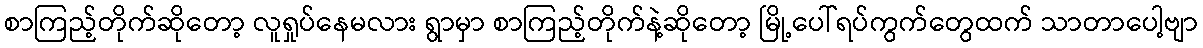
စာကြည့်တိုက်ဆိုတော့ လူရှုပ်နေမလား ရွာမှာ စာကြည့်တိုက်နဲ့ဆိုတော့ မြို့ပေါ်ရပ်ကွက်တွေထက် သာတာပေါ့ဗျာ